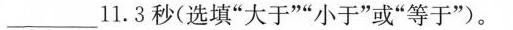
___11.3秒(选填“大于”“小于”或“等于”)。